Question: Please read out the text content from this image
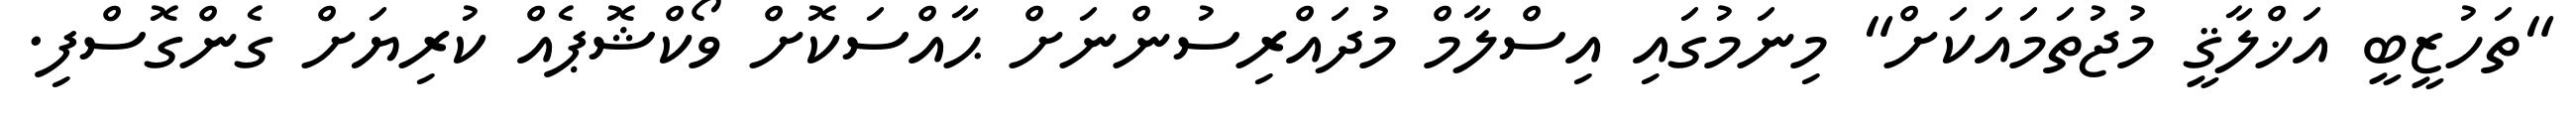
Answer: "ތަހުޒީބީ އަޚްލާޤީ މުޖުތަމައަކަށް" މިނަމުގައި އިސްލާމް މުދައްރިސުންނަށް ޙާއްސަކޮށް ވޯކްޝޮޕެއް ކުރިޔަށް ގެންގޮސްފި.